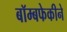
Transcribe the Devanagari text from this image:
बॉम्बफेकीने